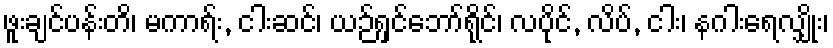
ဖူးချင်ပန်းတိ၊ မကာရ်း, ငါးဆင်၊ ယဉ်ရှင်ဘော်ရိုင်၊ လပိုင်, လိပ်, ငါး၊ နဂါးရေလျှိုး၊